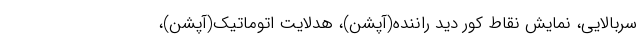
سربالایی، نمایش نقاط کور دید راننده(آپشن)، هدلایت اتوماتیک(آپشن)،